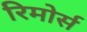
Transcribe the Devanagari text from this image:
रिमोर्स